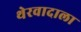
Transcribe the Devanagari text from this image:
थेरवादाला